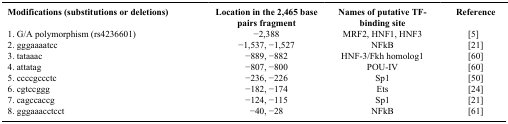
<table><thead><tr><td><b>Modifications (substitutions or deletions)</b></td><td><b>Location in the 2,465 base pairs fragment</b></td><td><b>Names of putative TF-binding site</b></td><td><b>Reference</b></td></tr></thead><tbody><tr><td>1. G/A polymorphism (rs4236601)</td><td>−2,388</td><td>MRF2, HNF1, HNF3</td><td> [5]</td></tr><tr><td>2. gggaaaatcc</td><td>−1,537, −1,527</td><td>NFkB</td><td> [21]</td></tr><tr><td>3. tataaac</td><td>−889, −882</td><td>HNF-3/Fkh homolog1</td><td> [60]</td></tr><tr><td>4. attatag</td><td>−807, −800</td><td>POU-IV</td><td> [60]</td></tr><tr><td>5. ccccgccctc</td><td>−236, −226</td><td>Sp1</td><td> [50]</td></tr><tr><td>6. cgtccggg</td><td>−182, −174</td><td>Ets</td><td> [24]</td></tr><tr><td>7. cagccaccg</td><td>−124, −115</td><td>Sp1</td><td> [21]</td></tr><tr><td>8. gggaaacctcct</td><td>−40, −28</td><td>NFkB</td><td> [61]</td></tr></tbody></table>